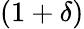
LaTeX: (1+\delta)